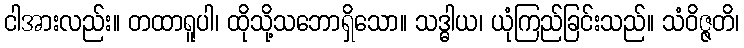
ငါအားလည်း။ တထာရူပါ၊ ထိုသို့သဘောရှိသော။ သဒ္ဓါယ၊ ယုံကြည်ခြင်းသည်။ သံဝိဇ္ဇတိ၊